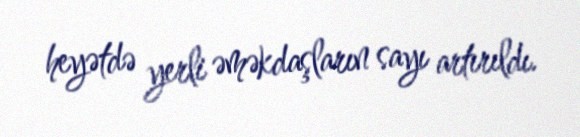
heyətdə yerli əməkdaşların sayı artırıldı.